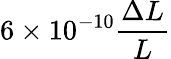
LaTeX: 6\times 10^{-10}\frac{\Delta L}{L}